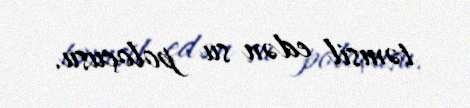
təmsil edən su poloçusu.